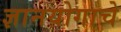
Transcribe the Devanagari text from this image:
ज्ञानयोगाचे